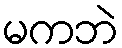
မကဘဲ